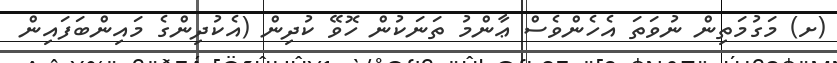
(ށ) މަގުމަތިން ނުވަތަ އެހެންވެސް ޢާންމު ތަނަކުން ހޮވޭ ކުދިން (އެކުދިންގެ މައިންބަފައިން